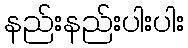
နည်းနည်းပါးပါး